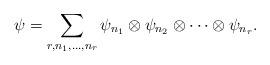
LaTeX: \begin{align*}\psi=\sum_{r,n_1,\ldots,n_r} \psi_{n_1}\otimes \psi_{n_2} \otimes \cdots \otimes \psi_{n_r}.\end{align*}